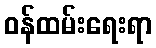
ဝန်ထမ်းရေးရာ